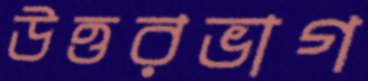
উত্তরভাগ